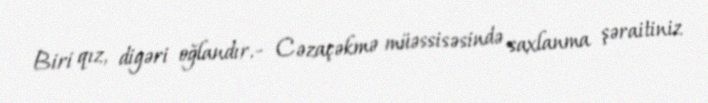
Biri qız, digəri oğlandır.- Cəzaçəkmə müəssisəsində saxlanma şəraitiniz